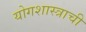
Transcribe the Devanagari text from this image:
योगशास्त्राची